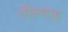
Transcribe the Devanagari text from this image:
तीक्ष्णाग्र